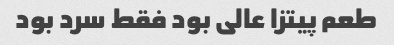
طعم پیتزا عالی بود فقط سرد بود